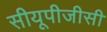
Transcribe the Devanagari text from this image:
सीयूपीजीसी